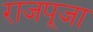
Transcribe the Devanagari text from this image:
राजपूजा